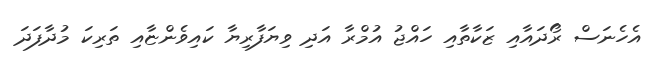
އެހެނަސް ރޯދައާއި ޒަކާތާއި ހައްޖު އުމްރާ އަދި ވިޔަފާރިޔާ ކައިވެންޏާއި ތަރިކަ މުދާފަދަ